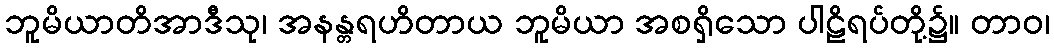
ဘူမိယာတိအာဒီသု၊ အနန္တရဟိတာယ ဘူမိယာ အစရှိသော ပါဠိရပ်တို့၌။ တာဝ၊